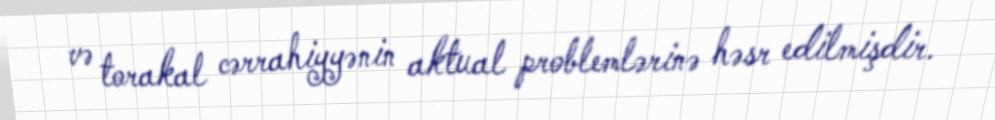
və torakal cərrahiyyənin aktual problemlərinə həsr edilmişdir.